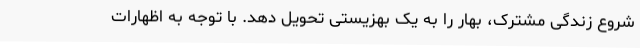
شروع زندگی مشترک، بهار را به یک بهزیستی تحویل دهد. با توجه به اظهارات